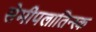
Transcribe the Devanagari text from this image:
सेमीपलातिन्स्क